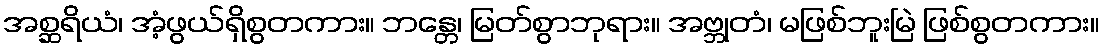
အစ္ဆရိယံ၊ အံ့ဖွယ်ရှိစွတကား။ ဘန္တေ၊ မြတ်စွာဘုရား။ အဗ္ဘုတံ၊ မဖြစ်ဘူးမြဲ ဖြစ်စွတကား။